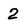
Character: 2